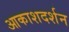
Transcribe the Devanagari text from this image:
आकाशदर्शन